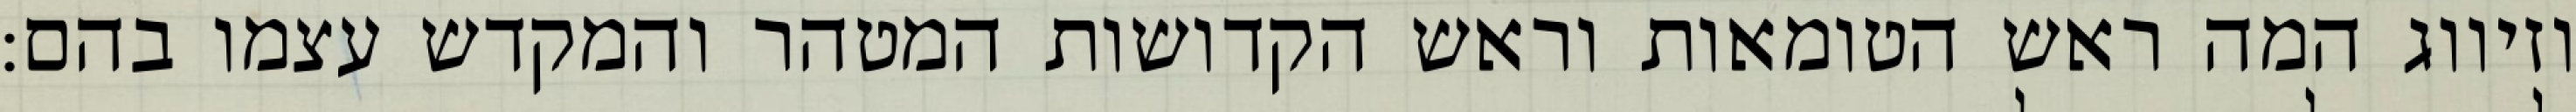
וזיווג המה ראש הטומאות וראש הקדושות המטהר והמקדש עצמו בהם: